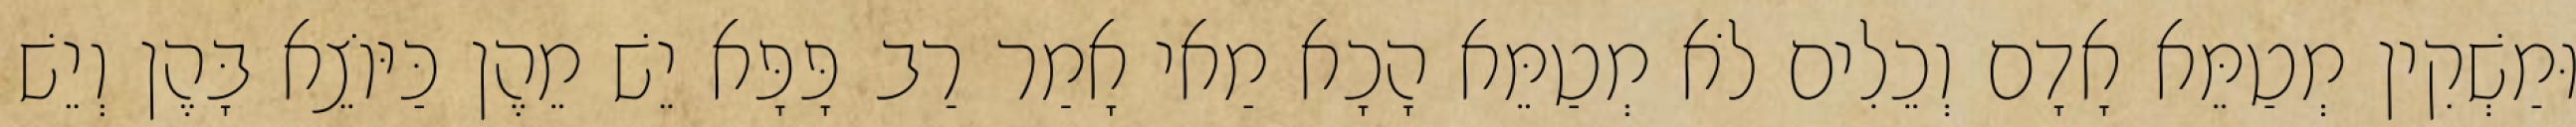
וּמַשְׁקִין מְטַמֵּא אָדָם וְכֵלִים לֹא מְטַמֵּא הָכָא מַאי אָמַר רַב פָּפָּא יֵשׁ מֵהֶן כַּיּוֹצֵא בָּהֶן וְיֵשׁ